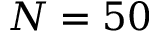
N = 5 0